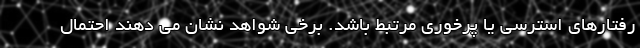
رفتارهای استرسی یا پرخوری مرتبط باشد. برخی شواهد نشان می دهند احتمال